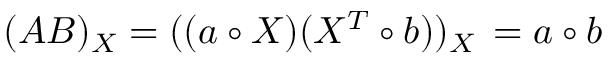
( A B ) _ { X } = ( ( a \circ X ) ( X ^ { T } \circ b ) ) _ { X } \, = a \circ b